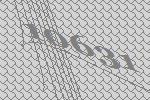
10631